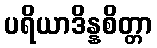
ပရိယာဒိန္နစိတ္တာ